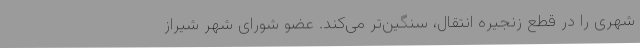
شهری را در قطع زنجیره انتقال، سنگین‌تر می‌کند. عضو شورای شهر شیراز